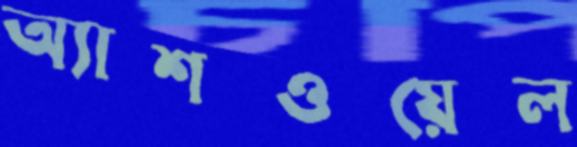
অ্যাশওয়েল